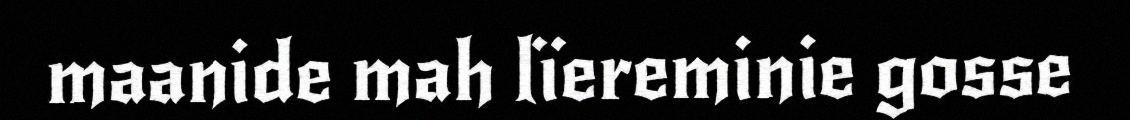
maanide mah lïereminie gosse